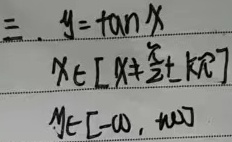
二、 \(y = \tan x\)，\(x \in \left\{x\mid x \neq \frac{\pi}{2} + k\pi, k\in\mathbb{Z}\right\}\)，\(y \in (-\infty, +\infty)\)

说明：原内容中\(x\)的取值集合表示不完整，补充\(k\in\mathbb{Z}\)明确\(k\)为整数。同时，添加逗号使表述更清晰。